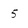
Character: 5